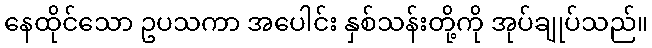
နေထိုင်သော ဥပသကာ အပေါင်း နှစ်သန်းတို့ကို အုပ်ချုပ်သည်။